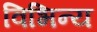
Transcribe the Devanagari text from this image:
विभिन्य